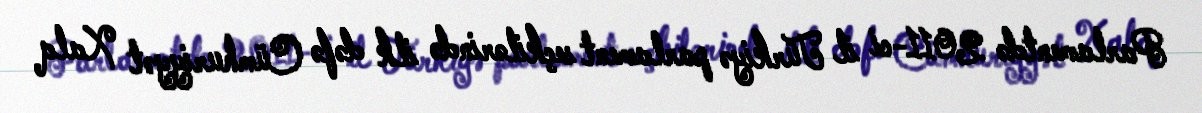
Parlamentdə 2011-ci il Türkiyə parlament seçkilərində ilk dəfə Cümhuriyyət Xalq